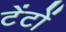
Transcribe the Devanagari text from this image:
टेंटों